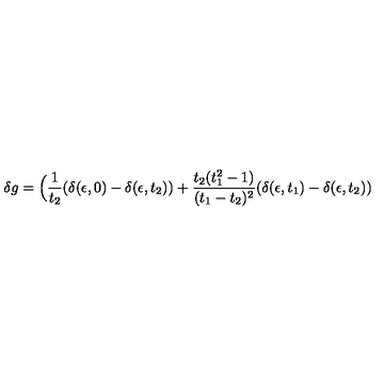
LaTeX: \delta g = \Big ( { \frac { 1 } { t _ { 2 } } } ( \delta ( \epsilon , 0 ) - \delta ( \epsilon , t _ { 2 } ) ) + { \frac { t _ { 2 } ( t _ { 1 } ^ { 2 } - 1 ) } { ( t _ { 1 } - t _ { 2 } ) ^ { 2 } } } ( \delta ( \epsilon , t _ { 1 } ) - \delta ( \epsilon , t _ { 2 } ) )